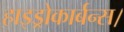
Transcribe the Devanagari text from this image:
हाइड्रोकार्बन्स।